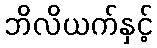
ဘိလိယက်နှင့်